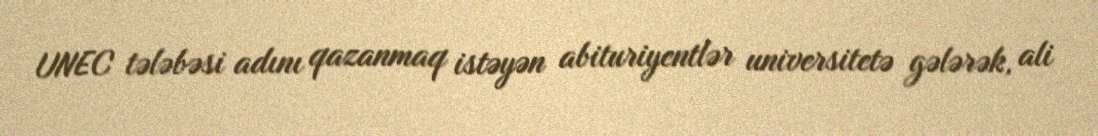
UNEC tələbəsi adını qazanmaq istəyən abituriyentlər universitetə gələrək, ali